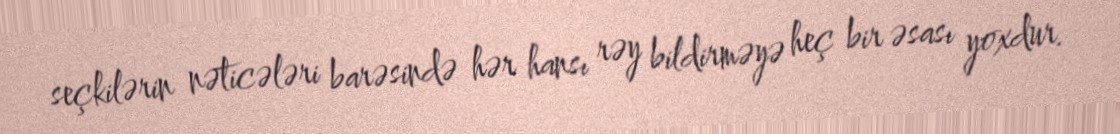
seçkilərin nəticələri barəsində hər hansı rəy bildirməyə heç bir əsası yoxdur.